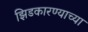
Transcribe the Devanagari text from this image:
झिडकारण्याच्या